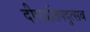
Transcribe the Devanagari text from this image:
दीपप्रतिपदुत्सव